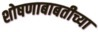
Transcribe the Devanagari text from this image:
शोषणाबाबतीच्या